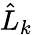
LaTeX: \hat{L}_{k}